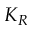
K _ { R }